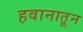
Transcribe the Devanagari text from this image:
हवानातून